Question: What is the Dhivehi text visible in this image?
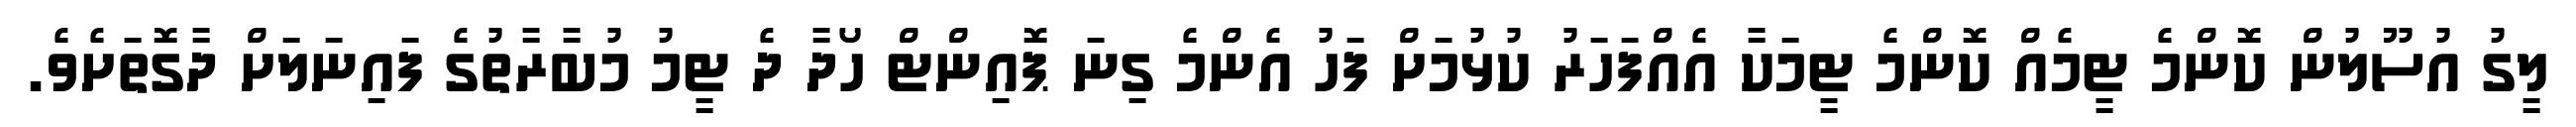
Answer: ލީގު އުސޫލުން ކޮންމެ ޓީމެއް ކޮންމެ ޓީމަކާ އެއްފަހަރު ކުޅުމަށް ފަހު އެންމެ ގިނަ ޕޮއިންޓް ހޯދާ ދެ ޓީމު މުބާރާތުގެ ފައިނަލަށް ދާގޮތަށެވެ.